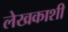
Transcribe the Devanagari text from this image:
लेखकाशी